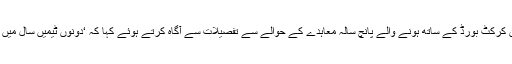
پی سی بی کے چیئرمین نجم سیٹھی نے ویسٹ انڈین کرکٹ بورڈ کے ساتھ ہونے والے پانچ سالہ معاہدے کے حوالے سے تفصیلات سے آگاہ کرتے ہوئے کہا کہ ‘دونوں ٹیمیں سال میں دو ٹی ٹوئنٹی سیریز دونوں ممالک میں کھیلیں گی’۔